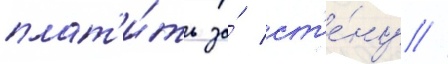
плат'и́ть за́ ст'е́ну //